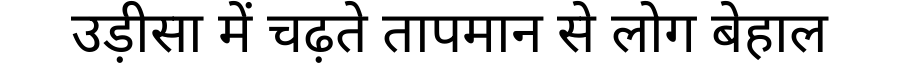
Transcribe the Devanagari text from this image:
उड़ीसा में चढ़ते तापमान से लोग बेहाल